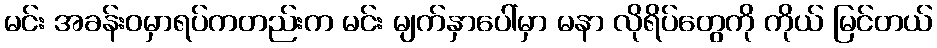
မင်း အခန်းဝမှာရပ်ကတည်းက မင်း မျက်နှာပေါ်မှာ မနာ လိုရိပ်တွေကို ကိုယ် မြင်တယ်